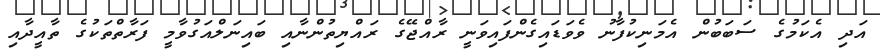
އަދި އެކަމުގެ ސަބަބުން އެމަނިކުފާނު ވެވަޑައިގެންފައިވަނީ ރާއްޖޭގެ ރައްޔިތުންނާއި ބައިނަލްއަގުވާމީ ފަރާތްތަކުގެ ތާއީދާއި